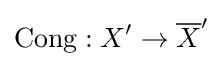
\operatorname {Cong} :X^{\prime }\to {\overline {X}}^{\prime }